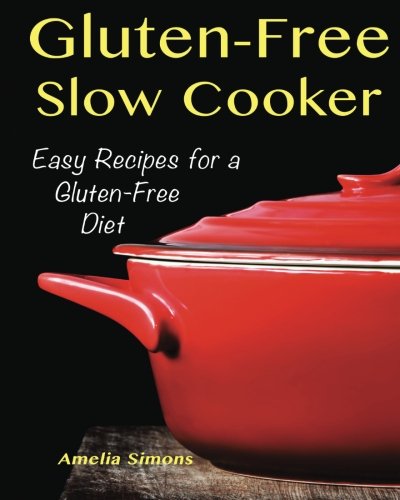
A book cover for Gluten-Free Slow Cooker: Easy Recipes for a Gluten Free Diet; Amelia Simons; Cookbooks, Food & Wine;